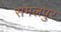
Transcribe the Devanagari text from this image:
समलपुर